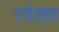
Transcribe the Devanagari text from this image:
टवेलव